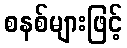
စနစ်များဖြင့်